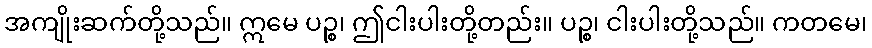
အကျိုးဆက်တို့သည်။ ဣမေ ပဉ္စ၊ ဤငါးပါးတို့တည်း။ ပဉ္စ၊ ငါးပါးတို့သည်။ ကတမေ၊